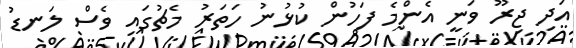
އަދި ޖިރޫ ވަނީ އެންމެ ފަހުން ކުޅުނު ހަތަރު މެޗުގައި ވެސް ލަނޑު